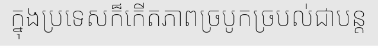
ក្នុងប្រទេសក៏កើតភាពច្របូកច្របល់ជាបន្ត